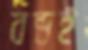
বন্ডই